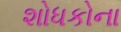
શોધકોના